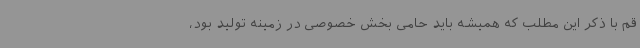
قم با ذکر این مطلب که همیشه باید حامی بخش خصوصی در زمینه تولید بود،